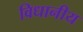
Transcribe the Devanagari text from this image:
विधानीय